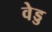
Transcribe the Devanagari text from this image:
वेड्ड